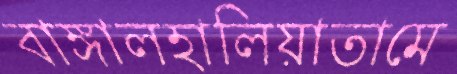
বাঙ্গালহালিয়াতামে